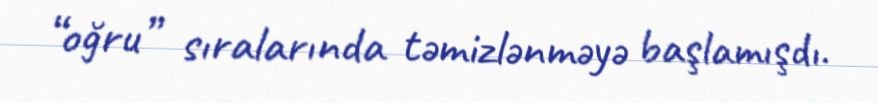
“oğru” sıralarında təmizlənməyə başlamışdı.